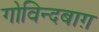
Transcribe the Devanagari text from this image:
गोविन्दबाग़